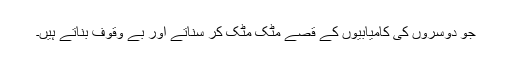
جو دوسروں کی کامیابیوں کے قصے مٹک مٹک کر سناتے اور بے وقوف بناتے ہیں۔